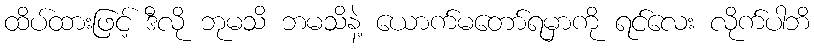
ထိပ်ထားဖြင့် ဒီလို ဘုမသိ ဘမသိနဲ့ ယောက်မတော်ရမှာကို ရင်လေး လိုက်ပါဘိ